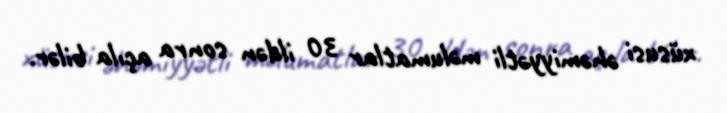
xüsusi əhəmiyyətli məlumatlar 30 ildən sonra açıla bilər.